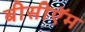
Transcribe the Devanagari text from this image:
बीसीऍम